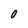
Character: O